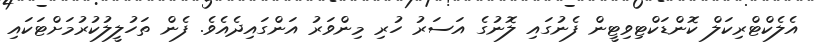
އެލެކްޓްރިކަލް ކޮންޑަކްޓިވިޓީން ފެނުގައި ލޮނުގެ އަސަރު ހުރި މިންވަރު އަންގައިދެއެވެ. ފެން ތަހުލީލުކުރުމަށްޓަކައި